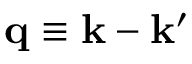
{ \bf q } \equiv { \bf k } - { \bf k } ^ { \prime }